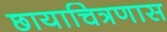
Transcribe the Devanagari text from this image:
छायाचित्रणास